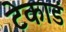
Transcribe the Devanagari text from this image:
टेकाडं